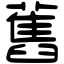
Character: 舊